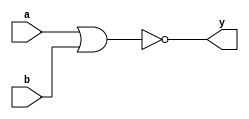
module mynor(a,b,y);
	input a,b;
	output y;
	assign y = ~(a|b);
endmodule